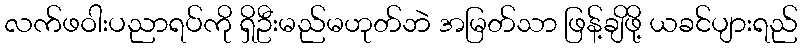
လက်ဖဝါးပညာရပ်ကို ရှိဦးမည်မဟုတ်ဘဲ အမြတ်သာ ဖြန့်ချိဖို့ ယခင်ပျားရည်